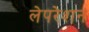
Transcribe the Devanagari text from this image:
लेपरेशन